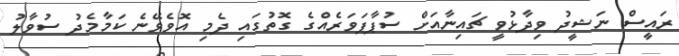
ރައީސް ނަޝީދު ވިދާޅުވީ ޗައިނާއަށް ސުޕާޕަވަރެއްގެ ގޮތުގައި ދެމި އޮވެވޭނެ ކަމާމެދު ސުވާލު